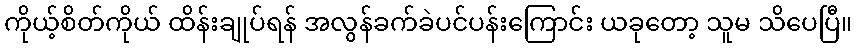
ကိုယ့်စိတ်ကိုယ် ထိန်းချုပ်ရန် အလွန်ခက်ခဲပင်ပန်းကြောင်း ယခုတော့ သူမ သိပေပြီ။